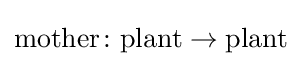
\mathrm {mother} \colon \mathrm {plant} \to \mathrm {plant}